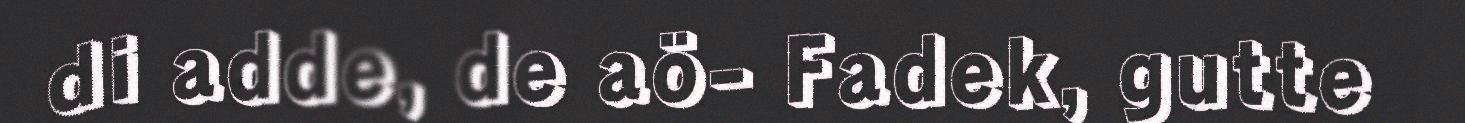
di adde, de aö- Fadek, gutte